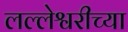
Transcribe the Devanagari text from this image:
लल्लेश्वरीच्या